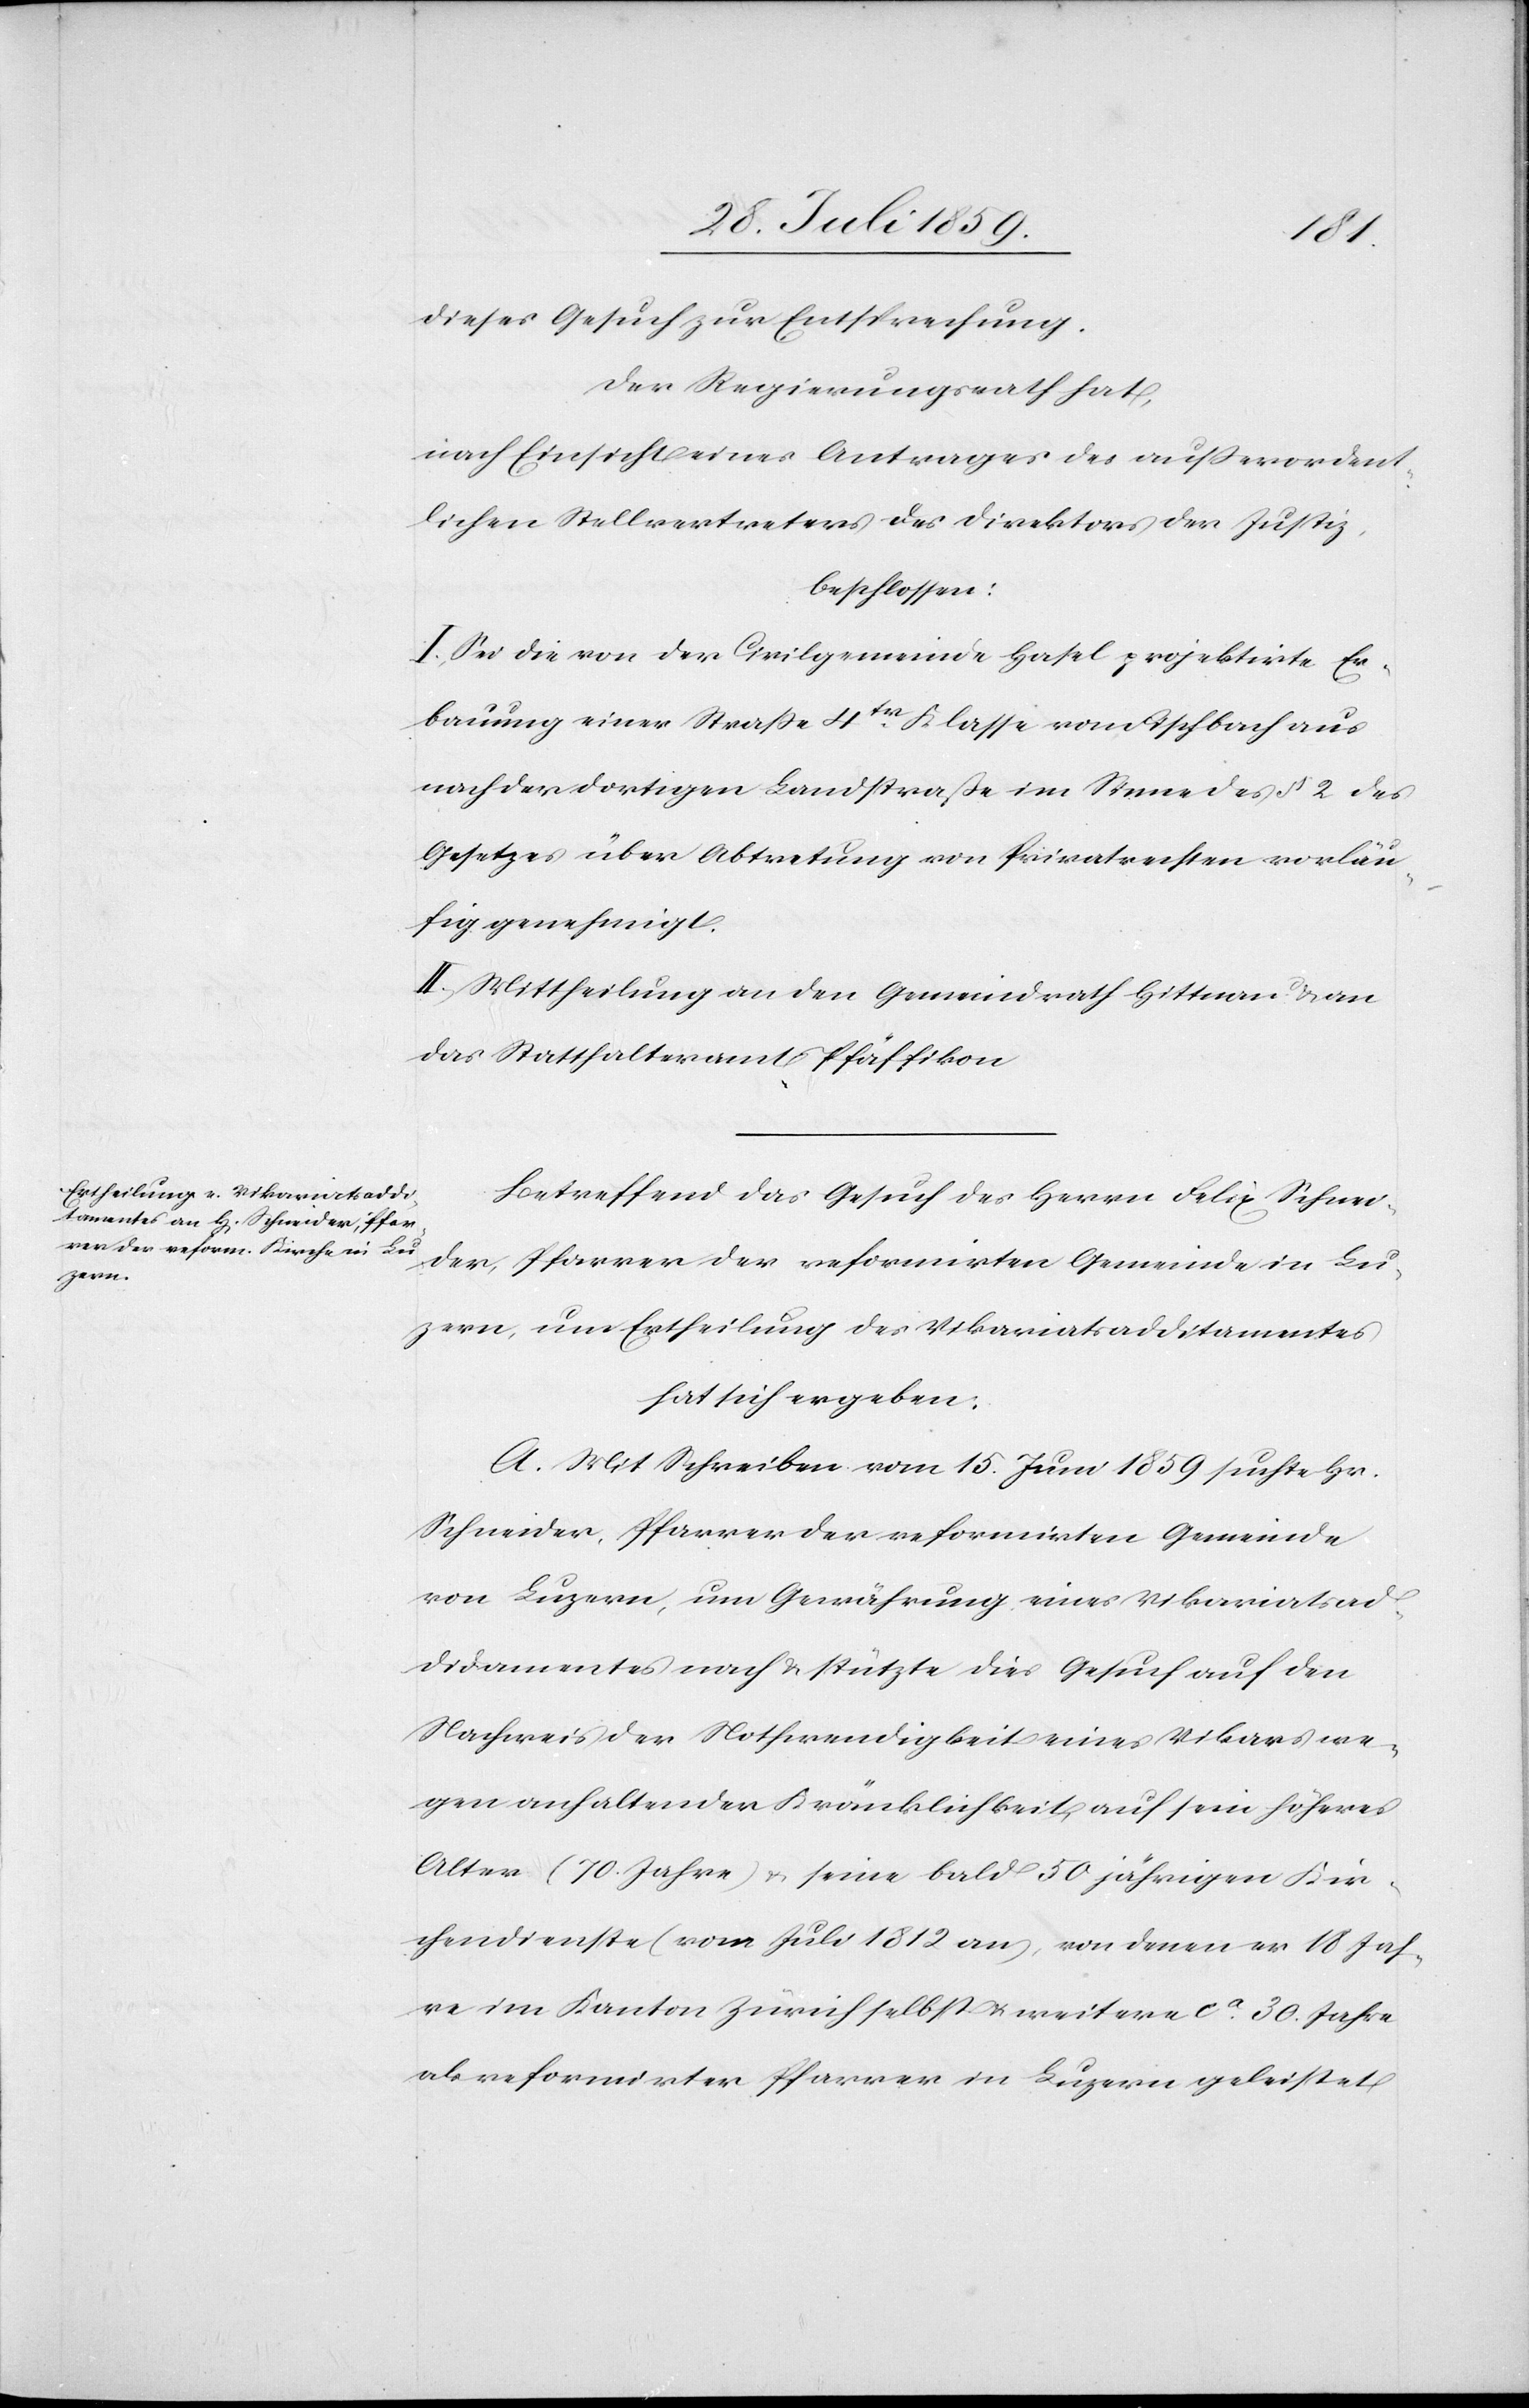
dieses Gesuch zur Entsprechung.
Der Regierungsrath hat,
nach Einsicht eines Antrages des außerordent¬
lichen Stellvertreters des Direktors der Justiz,
beschlossen:
I. Sei die von der Civilgemeinde Hasel projektirte Er¬
bauung einer Straße 4ter. Klasse vom Fischbach aus
nach der dortigen Landstraße im Sinne des § 2 des
Gesetzes über Abtretung von Privatrechten vorläu¬
fig genehmigt.
II. Mittheilung an den Gemeindrath Hittnau u. an
das Statthalteramt Pfäffikon.
Betreffend das Gesuch des Herrn Felix Schnei¬
der, Pfarrer der reformirten Gemeinde in Lu¬
zern, um Ertheilung des Vikariatsadditamentes
hat sich ergeben:
A. Mit Schreiben vom 15. Juni 1859 suchte Hr.
Schneider, Pfarrer der reformirten Gemeinde
von Luzern, um Gewährung eines Vikariatsad¬
ditamentes nach u. stützte dies Gesuch auf den
Nachweis der Nothwendigkeit eines Vikars we¬
gen anhaltender Kränklichkeit auf sein höheres
Alter (70. Jahre) u. seine bald 50 jährigen Kir¬
chendienste (vom Juli 1812 an), von denen er 18 Jah¬
re im Kanton Zürich selbst u. weitere ca. 30. Jahre
als reformirter Pfarrer in Luzern geleistet